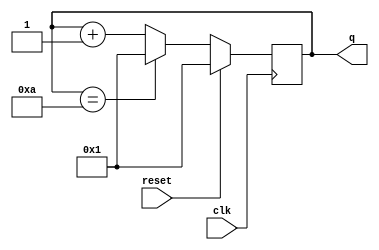
module top_module (
    input clk,
    input reset,
    output [3:0] q);

always @(posedge clk) begin
	if(reset) q <= 4'b0001;
	else if (q == 4'b1010) q <= 4'b0001;
	else q <= q + 4'b0001;
end

endmodule